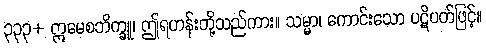
၃၃၃+ ဣမေစဘိက္ခူ၊ ဤရဟန်းတို့သည်ကား။ သမ္မာ၊ ကောင်းသော ပဋိပတ်ဖြင့်။